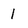
Character: 1